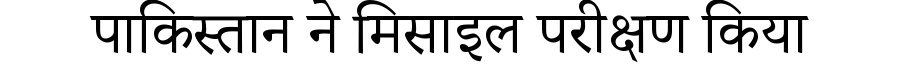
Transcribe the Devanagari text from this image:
पाकिस्तान ने मिसाइल परीक्षण किया